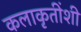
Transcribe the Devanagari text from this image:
कलाकृतींशी